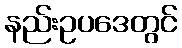
နည်းဥပဒေတွင်